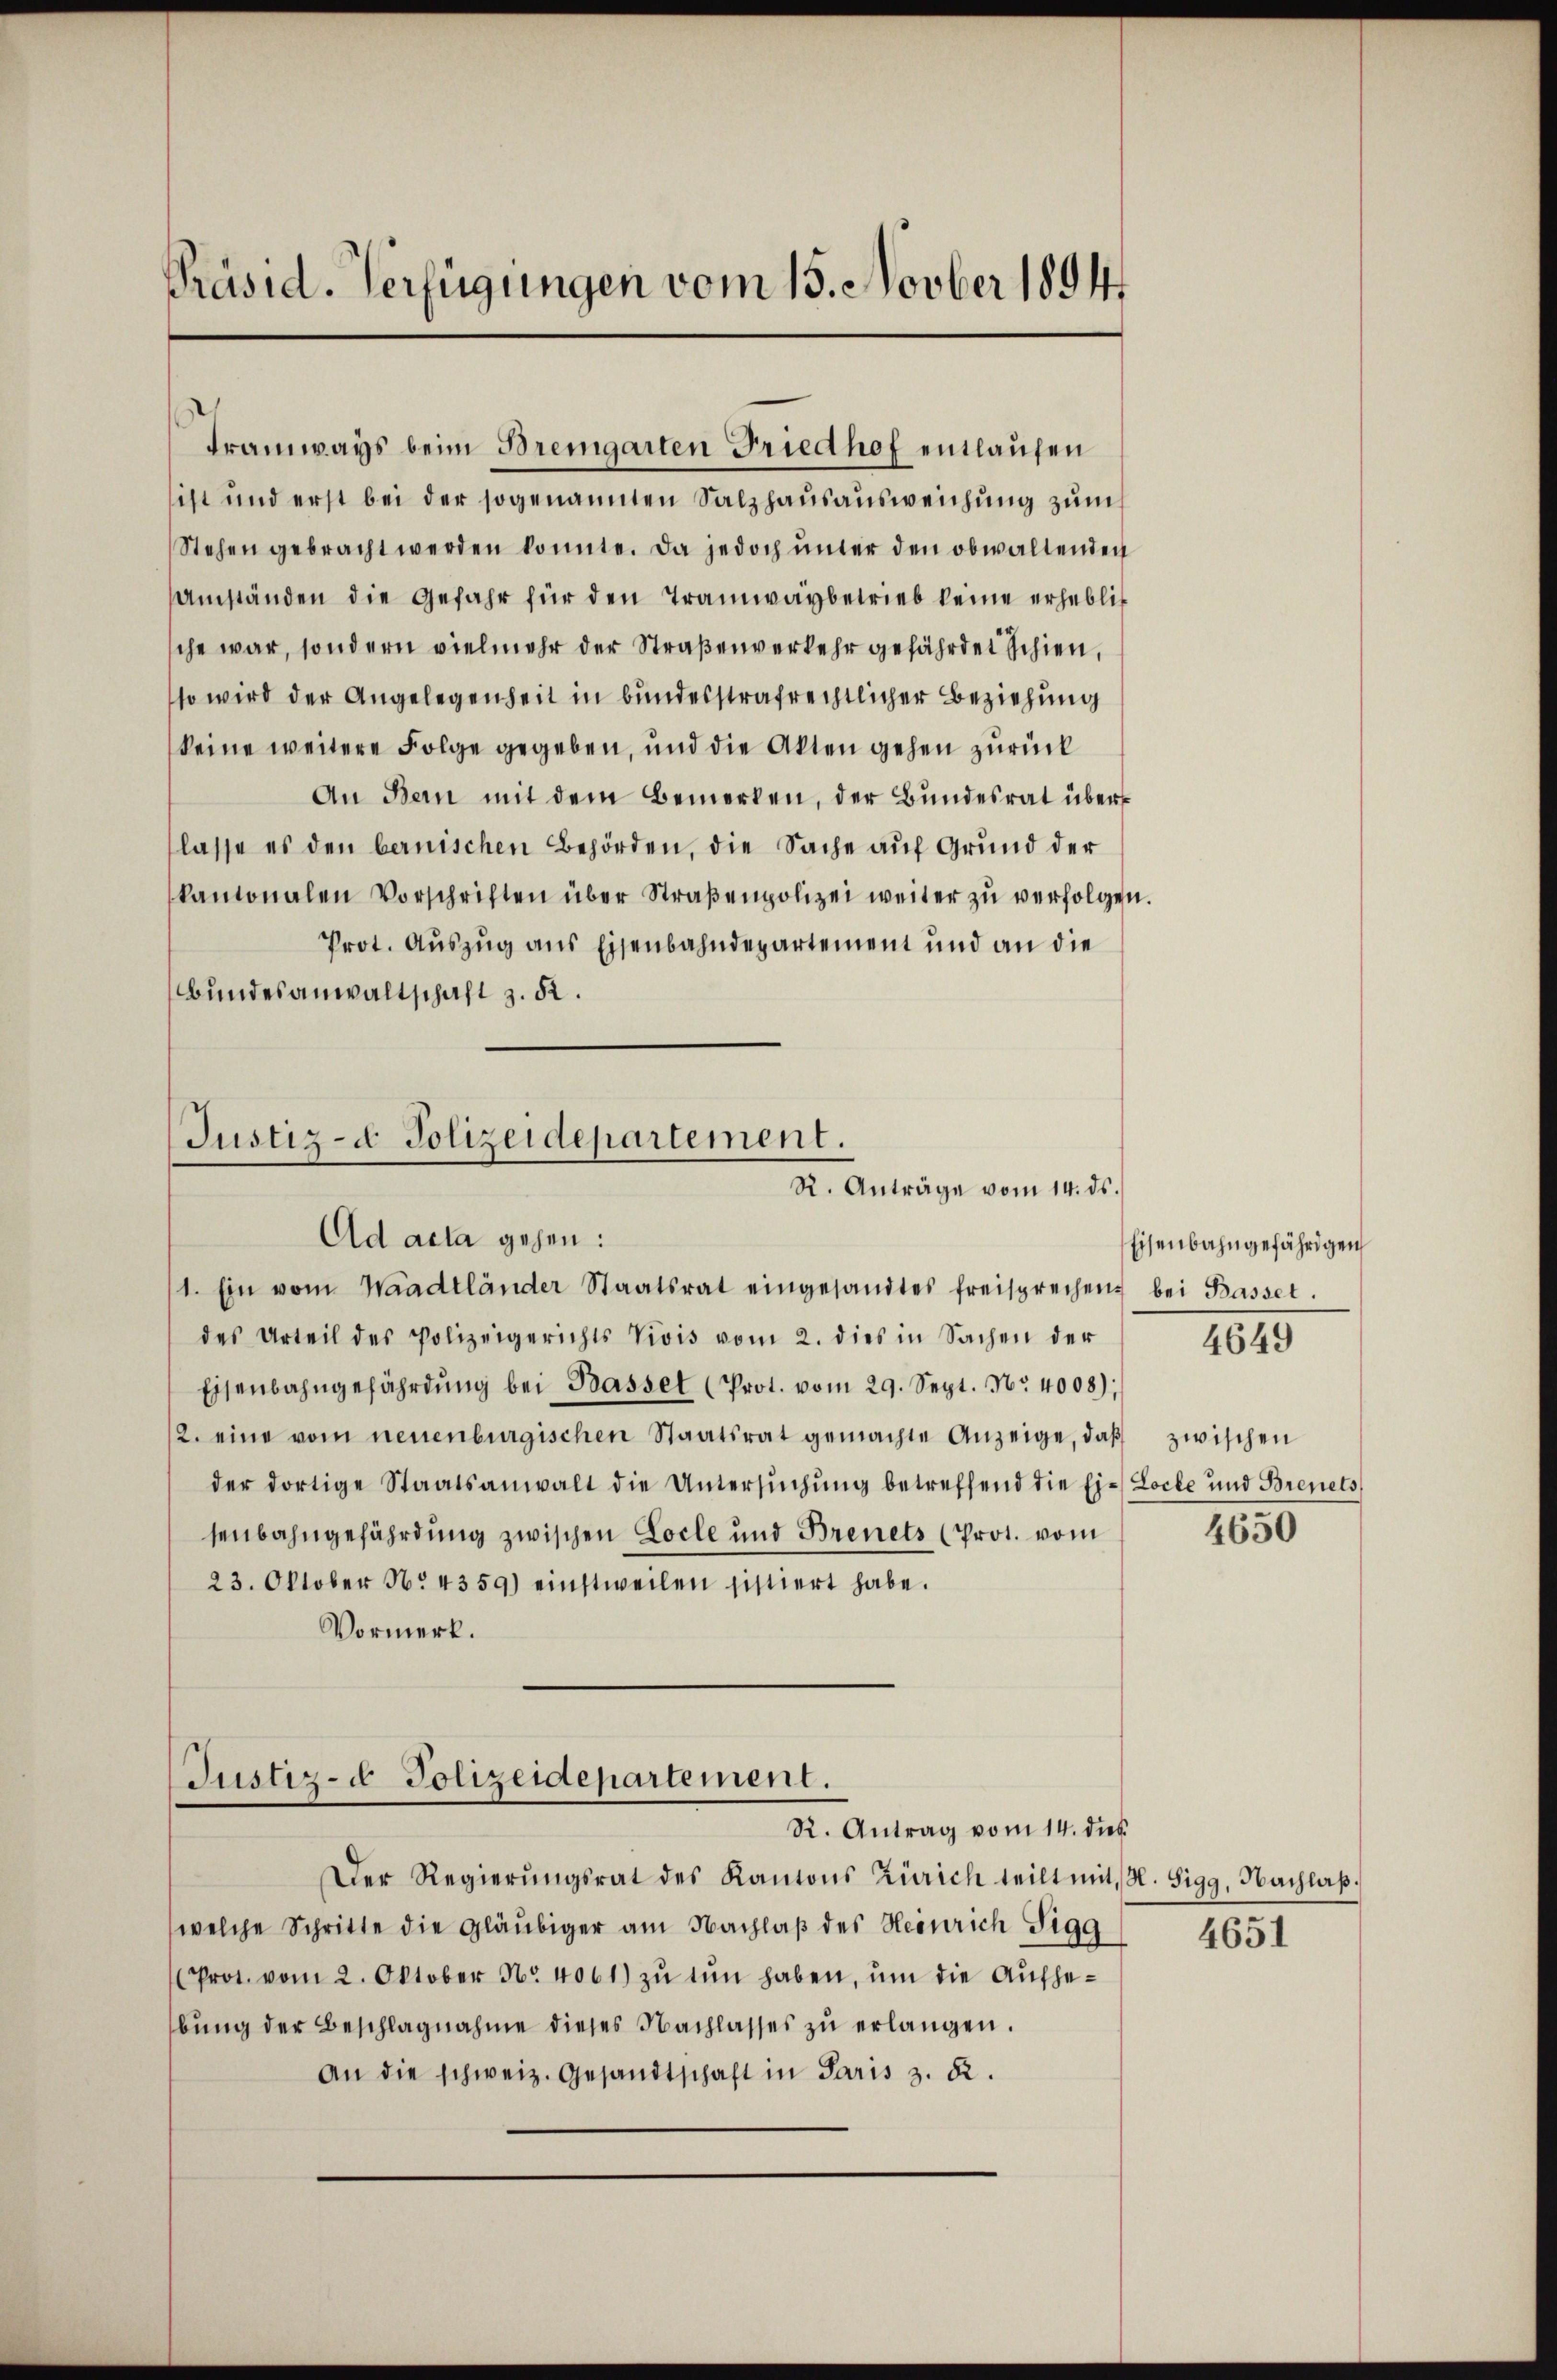
Präsid. Verfügungen vom 15. Novber 1894

ist und erst bei der sogenannten Salzhausausweichung zum
Stehen gebracht werden konnte. Da jedoch ŭnter den obwaltenden
Umständen die Gefahr für den Tramwaybetrieb keine erheblic
sche war, sondern vielmehr der Straßenverkehr gefährdet schien,
so wird der Angelegenheit in bundesstrafrechtlicher Beziehung
keine weitere Folge gegeben, und die Akten gehen zurück
An Bern mit dem Bemerken, der Bundesrat überlasse es den bernischen Behörden, die Sache auf Grund der
kantonalen Vorschriften über Straβenpolizei weiter zŭ verfolgen.
Prot. Auszug aus Eisenbahndepartement und an die
Bundesanwaltschaft z. B.

Framways beim Bremgarten Friedhof entlaufen

Justiz- & Polizeidepartement.
R. Anträge vom 14. ds.
Ad acta gehen:
1. Ein vom Waadtländer Staatsrat eingesandtes freisprechen.

des Urteil des Polizeigerichts Vivis vom 2. dies in Sachen der
Eisenbahngefährdŭng bei Basset (Prot. vom 29. Sept. Nr. 4008):
2. eine vom neuenburgischen Staatsrat gemachte Anzeige, daß
der dortige Staatsanwalt die Untersŭchŭng betreffend die Ei-Locke und Brenels
senbahngefährdung zwischen Loche und Brenets (Prot. vom
23. Oktober No. 4359) einstweilen histiert habe.
Vormerk.

Justiz- & Polizeidepartement.
R. Antrag vom 14. dieß

Der Regierŭngsrat des Kantons Zürich teilt mit H. Sigg, Nachlaβ.
welche Schritte die Gläubiger am Nachlaβ des Heinrich Sigg
Prot. vom 2. Oktober No. 4061) zu tun haben, um die Aufhebŭng der Beschlagnahme dieses Nachlasses zŭ erlangen.
An die schweiz. Gesandtschaft in Paris z. B.

Eisenbahngefährigen
bei Basset.
zwischen
4650

4649

4651